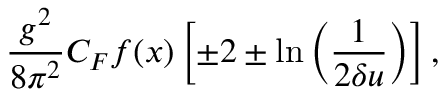
\frac { g ^ { 2 } } { 8 \pi ^ { 2 } } C _ { F } f ( x ) \left[ \pm 2 \pm \ln \left( \frac { 1 } { 2 \delta u } \right) \right] ,